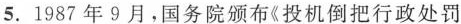
5.1987年9月，国务院颁布《投机倒把行政处罚